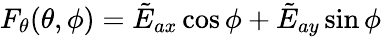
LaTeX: F_{\theta}(\theta,\phi)=\tilde{E}_{ax}\cos\phi+\tilde{E}_{ay}\sin\phi